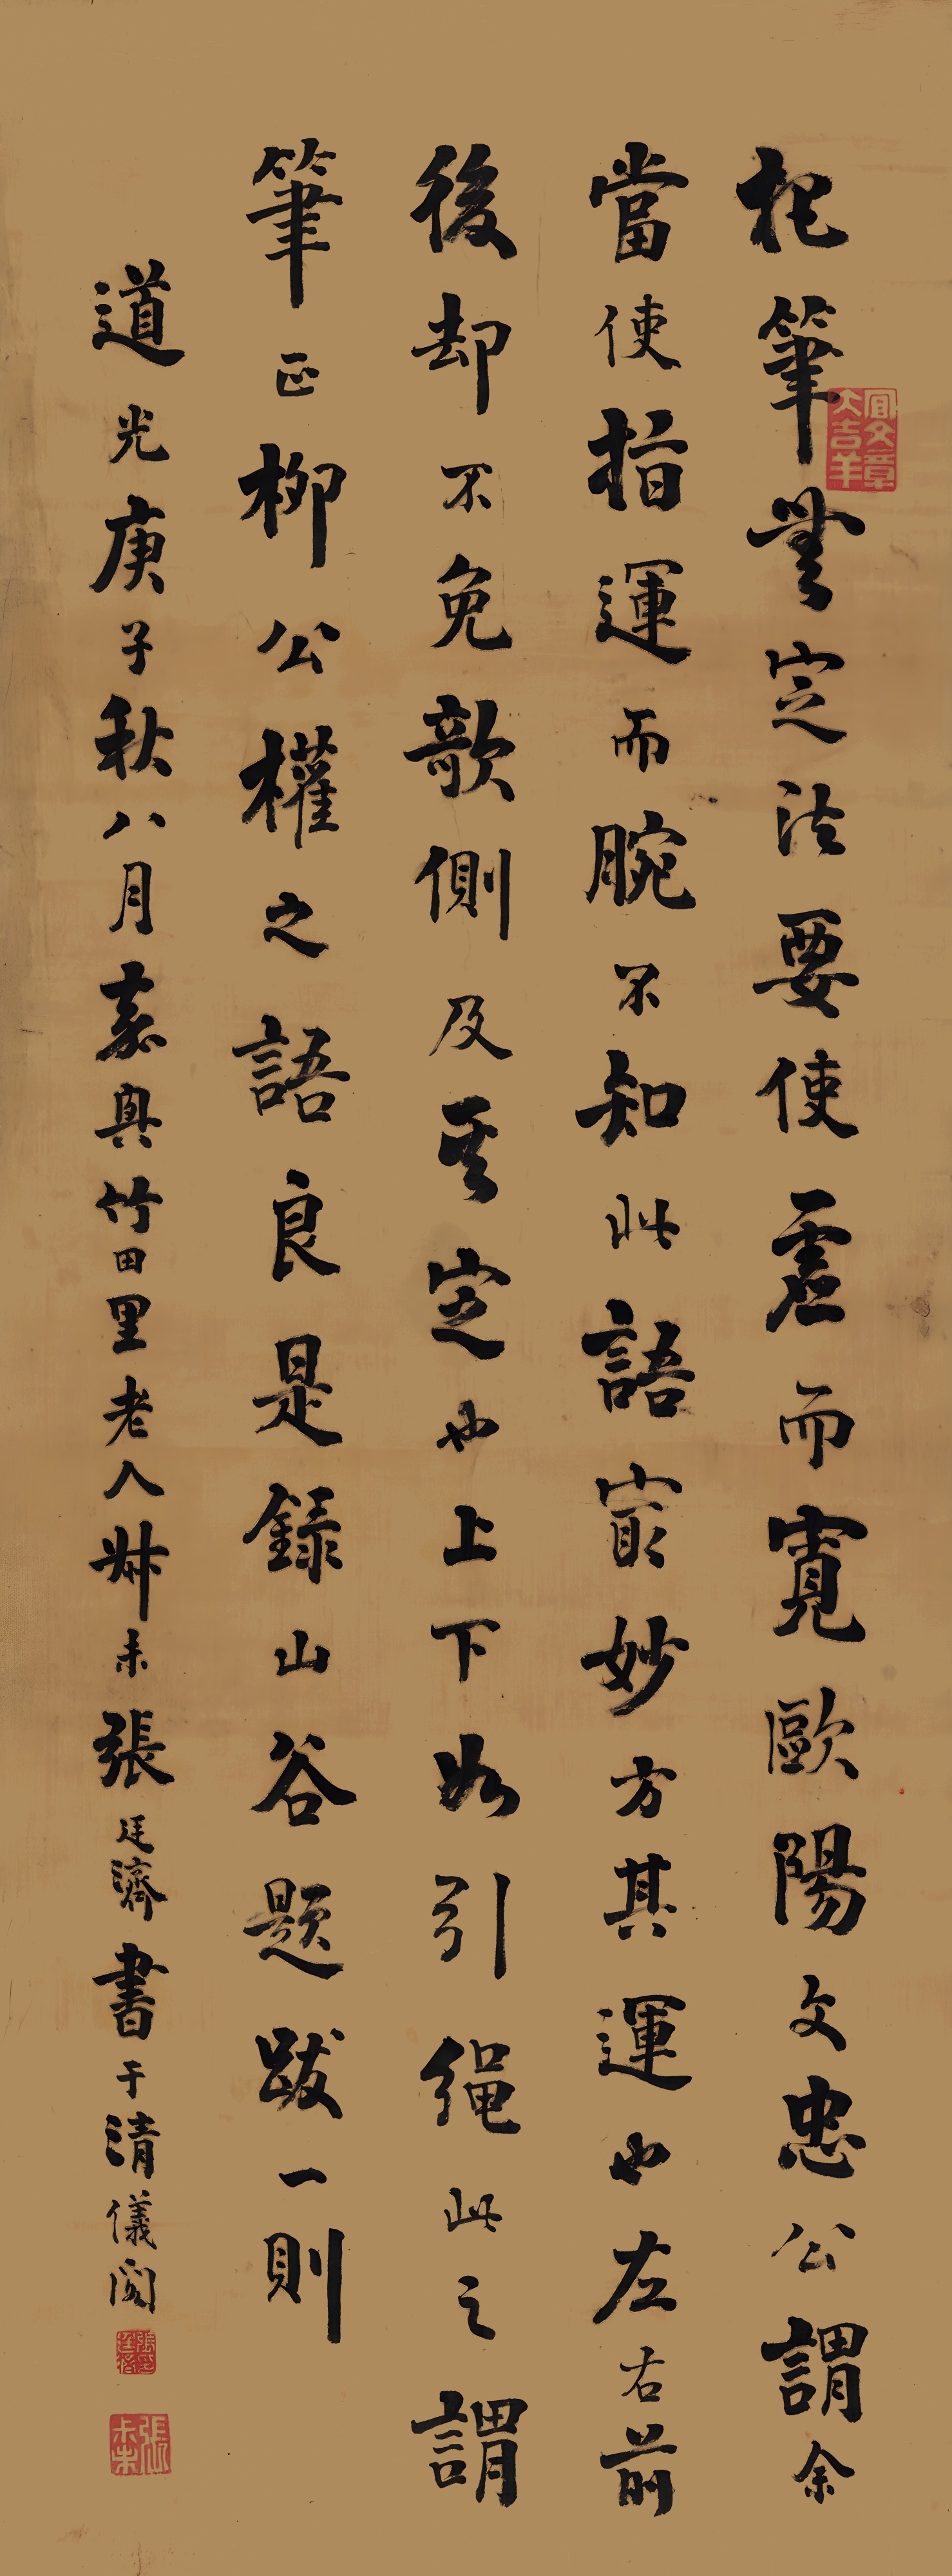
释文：把笔无定法，要使虚而宽。欧阳文忠公谓余，当使指运而腕不知，此语最妙。方其运也，左右前后，却不免欹侧，及其定也，上下如引绳，此之谓笔正。柳公权之语良是。录山谷题跋一则。道光庚子秋八月，嘉兴竹田里老人叔未张廷济书于清仪阁。